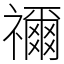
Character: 禰